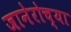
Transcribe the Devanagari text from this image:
जानेरोच्या